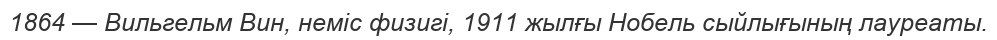
1864 — Вильгельм Вин, неміс физигі, 1911 жылғы Нобель сыйлығының лауреаты.